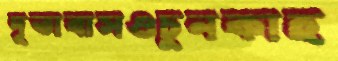
দূতাবাসওচুনকাহ